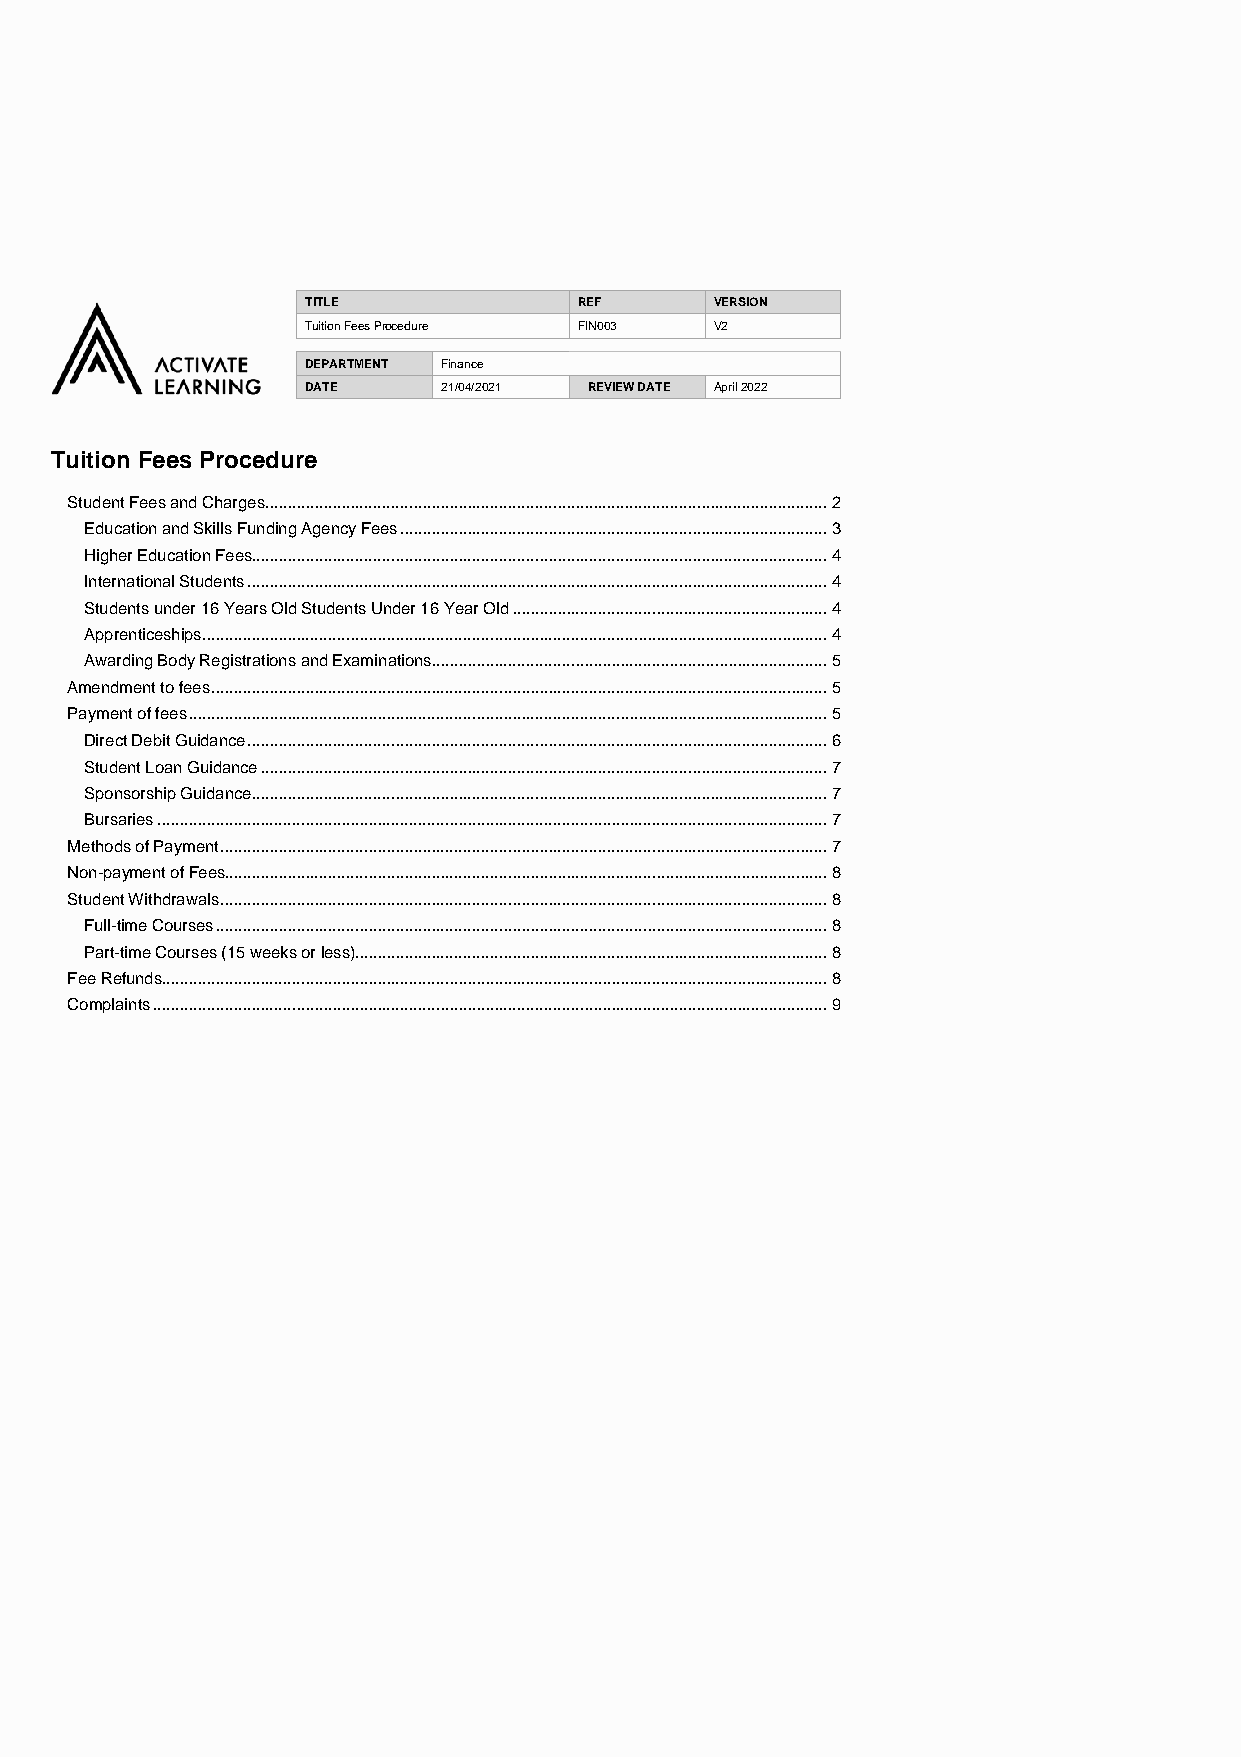
TITLE             REF      VERSION
 Tuition Fees Procedure FIN003 V2
 DEPARTMENT Finance
 DATE     21/04/2021 REVIEW DATE April 2022
 Tuition Fees Procedure
 Student Fees and Charges ............................................................................................................................. 2
 Education and Skills Funding Agency Fees ............................................................................................... 3
 Higher Education Fees................................................................................................................................ 4
 International Students ................................................................................................................................. 4
 Students under 16 Years Old Students Under 16 Year Old ...................................................................... 4
 Apprenticeships ........................................................................................................................................... 4
 Awarding Body Registrations and Examinations ........................................................................................ 5
 Amendment to fees ......................................................................................................................................... 5
 Payment of fees .............................................................................................................................................. 5
 Direct Debit Guidance ................................................................................................................................. 6
 Student Loan Guidance .............................................................................................................................. 7
 Sponsorship Guidance ................................................................................................................................ 7
 Bursaries ..................................................................................................................................................... 7
 Methods of Payment ....................................................................................................................................... 7
 Non-payment of Fees...................................................................................................................................... 8
 Student Withdrawals ....................................................................................................................................... 8
 Full-time Courses ........................................................................................................................................ 8
 Part-time Courses (15 weeks or less)......................................................................................................... 8
 Fee Refunds .................................................................................................................................................... 8
 Complaints ...................................................................................................................................................... 9